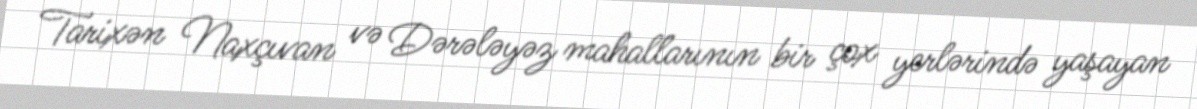
Tarixən Naxçıvan və Dərələyəz mahallarının bir çox yerlərində yaşayan